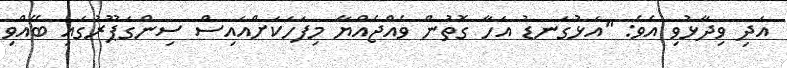
އަދި ވިދާޅުވި އެވެ: "އަޅުގަނޑު އަހާ ގޮތުން ވެއްޖެއްޔާ މިފަހަކަށްއައިސް ސިންގަޕޫރުގައި ބޭއްވި